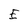
Character: E